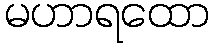
မဟာရထော